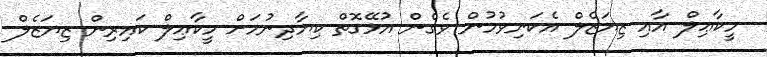
މީކާޢިލް އާއި ޒިޔަޒެލް އެކަނިވުމުން ވެގެން އުޅޭގޮތް ކިޔާދިނުމަށް މީކާޢިލް ކައިރިން ޒިޔަޒެލް